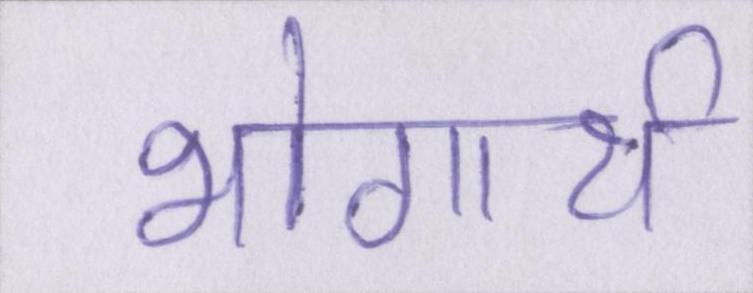
भोगार्थ